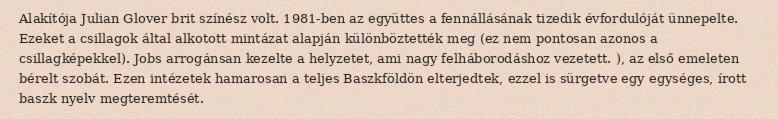
Alakítója Julian Glover brit színész volt. 1981-ben az együttes a fennállásának tizedik évfordulóját ünnepelte. Ezeket a csillagok által alkotott mintázat alapján különböztették meg (ez nem pontosan azonos a csillagképekkel). Jobs arrogánsan kezelte a helyzetet, ami nagy felháborodáshoz vezetett. ), az első emeleten bérelt szobát. Ezen intézetek hamarosan a teljes Baszkföldön elterjedtek, ezzel is sürgetve egy egységes, írott baszk nyelv megteremtését.